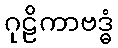
ဂုဠိကာဗဒ္ဓံ